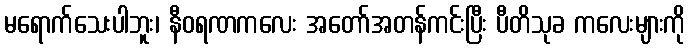
မရောက်သေးပါဘူး၊ နီဝရဏကလေး အတော်အတန်ကင်းပြီး ပီတိသုခ ကလေးများကို